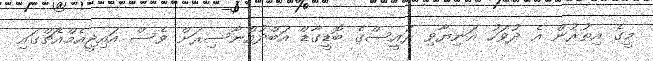
މީގެ އިތުރުން އެ ދުވަހު އަނިޔާވި ރައީސްގެ ބޮޑީގާޑް އަބްދުއްނާސިރަށް ވެސް އައިޖީއެމްއެޗްގައި